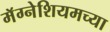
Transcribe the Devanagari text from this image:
मॅग्नेशियमच्या